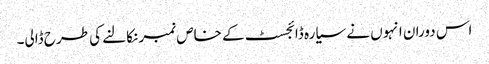
اس دوران انہوں نے سیارہ ڈائجسٹ کے خاص نمبر نکالنے کی طرح ڈالی۔